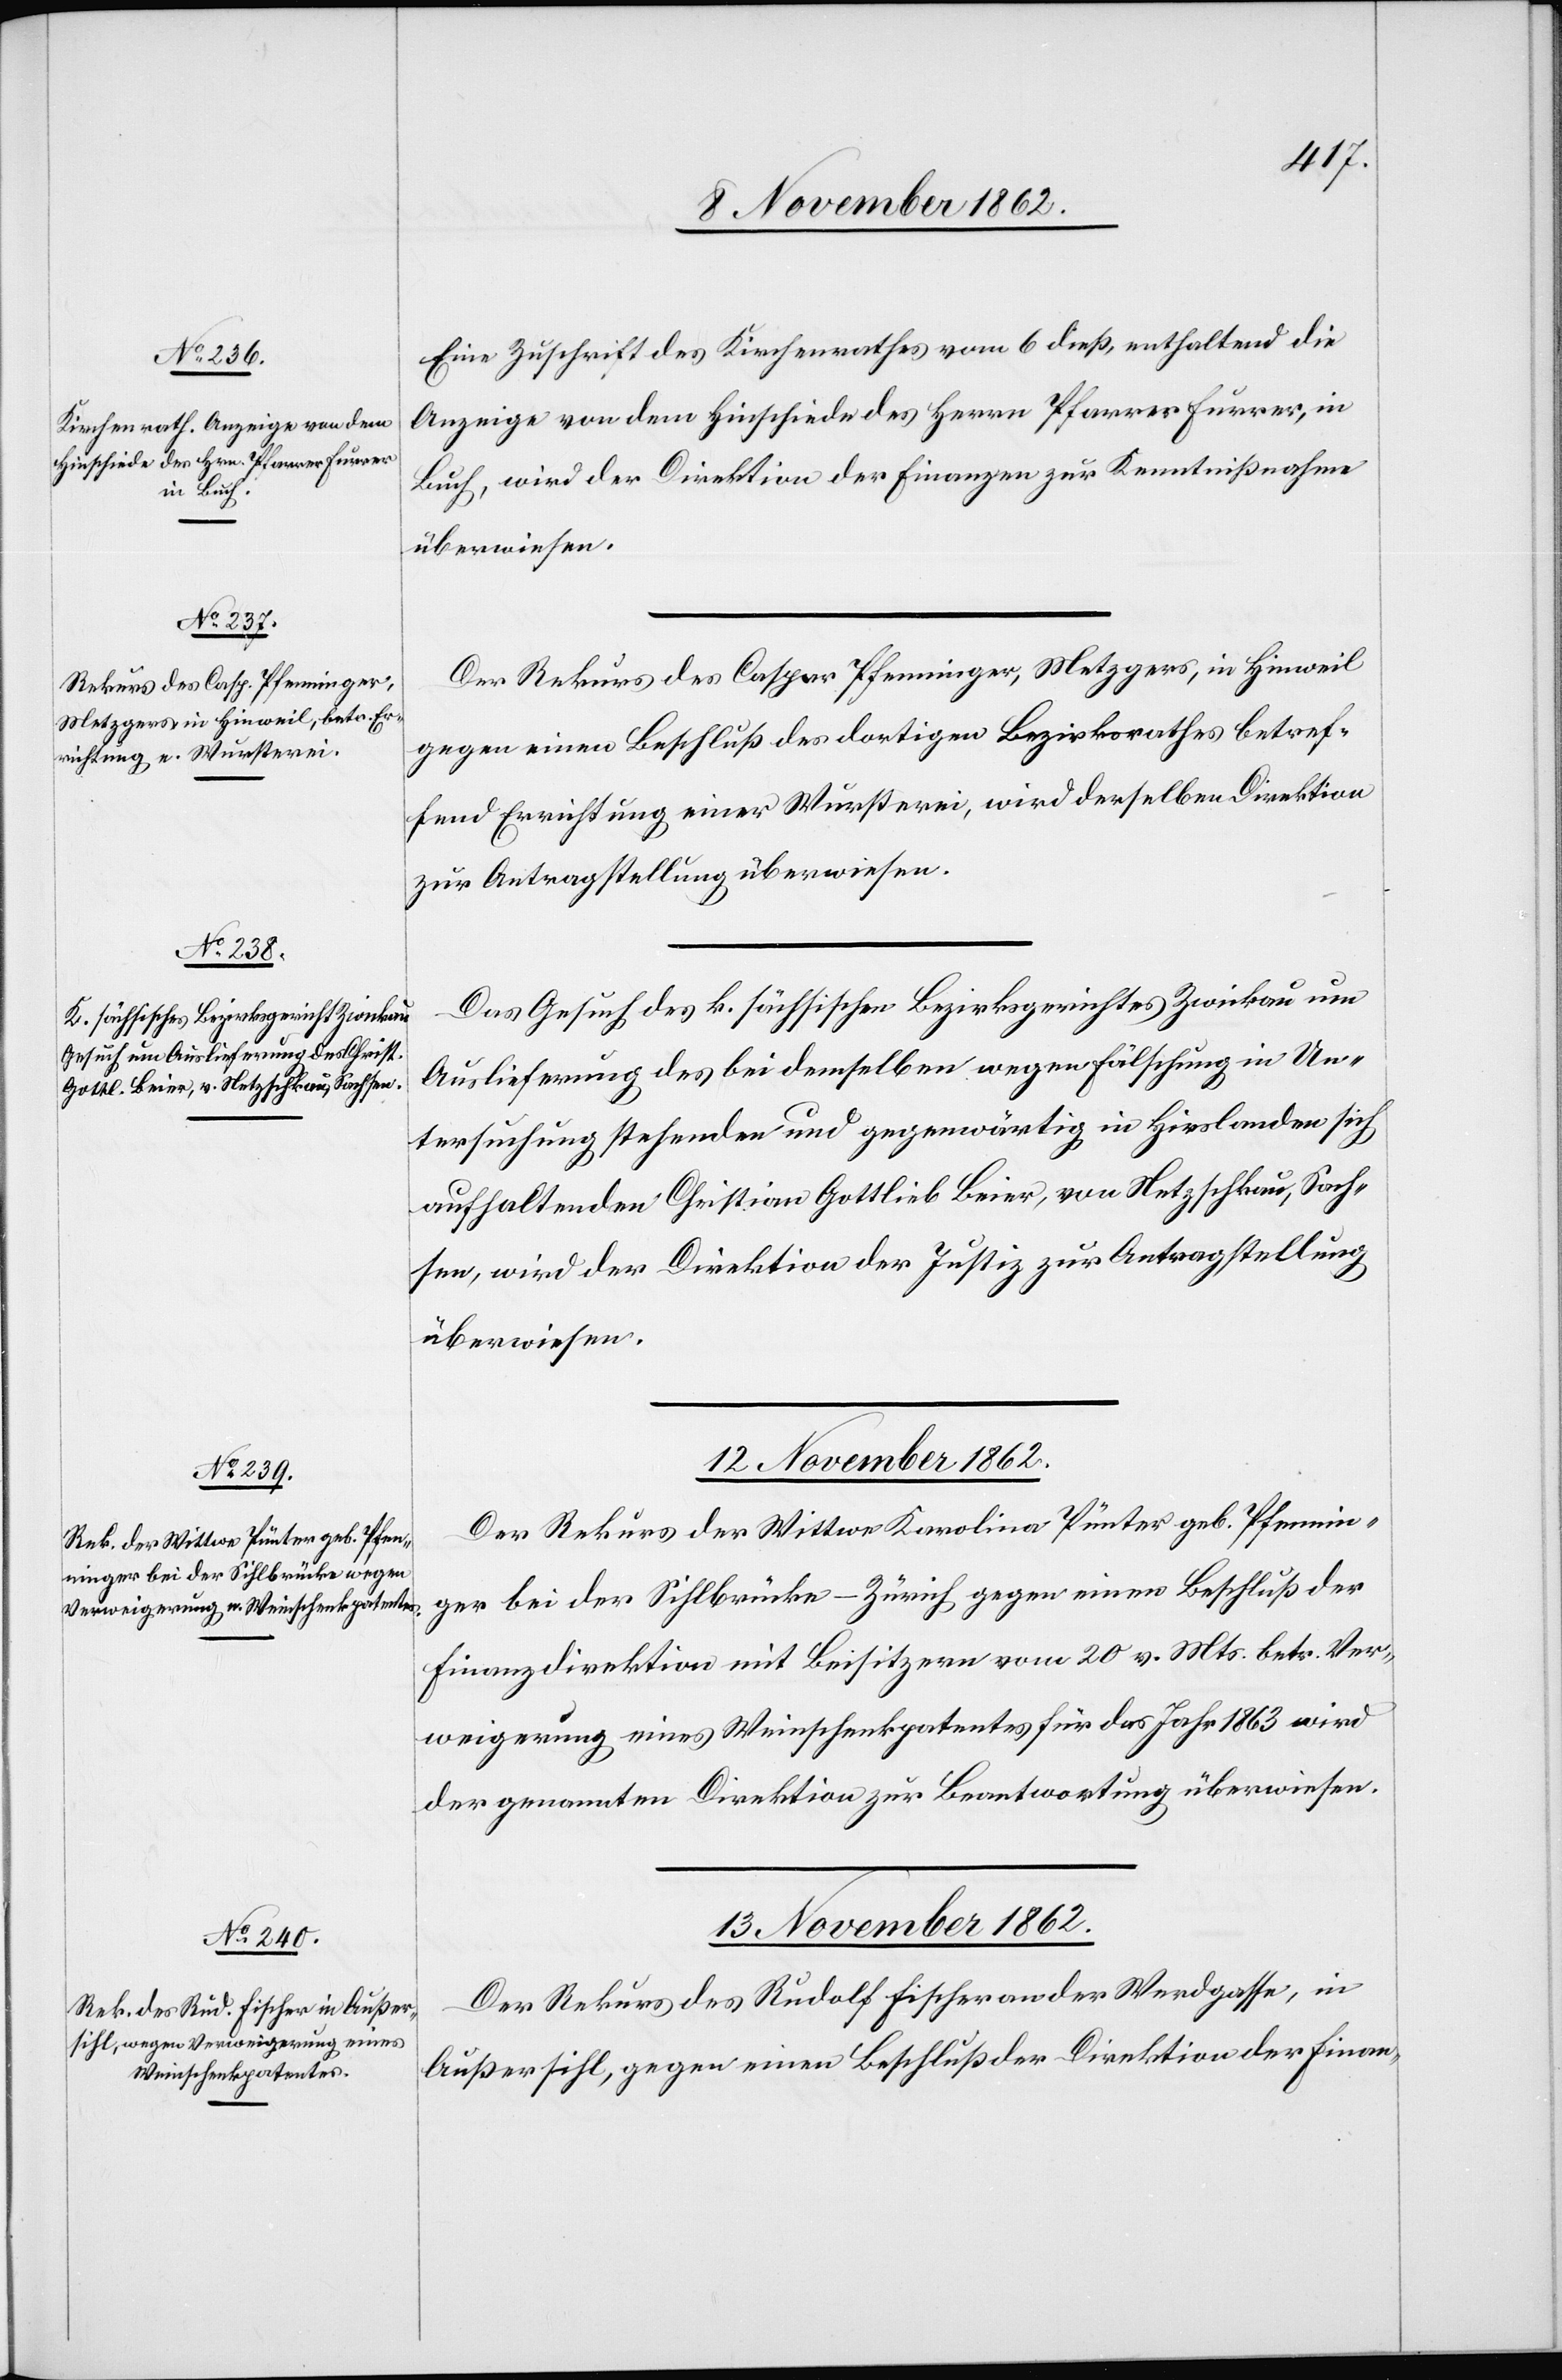
13. November 1862.
Eine Zuschrift des Kirchenrathes vom 6. dieß enthaltend die
Anzeige von dem Hinschiede des Herrn Pfarrer Furrer, in
Buch, wird der Direktion der Finanzen zur Kenntnißnahme
überwiesen.
Der Rekurs des Caspar Pfenninger, Metzgers, in Hinweil
gegen einen Beschluß des dortigen Bezirksrathes betref¬
fend Errichtung einer Wursterei, wird derselben Direktion
zur Antragstellung überwiesen.
Das Gesuch des k. sächsischen Bezirksgerichtes Zwickau um
Auslieferung des bei demselben wegen Fälschung in Un¬
tersuchung stehenden und gegenwärtig in Hirslanden sich
aufhaltenden Christian Gottlieb Beier, von Netzschkau, Sach¬
sen, wird der Direktion der Justiz zur Antragstellung
überwiesen.
Der Rekurs der Wittwe Karolina Pünter geb. Pfennin¬
ger bei der Sihlbrücke-Zürich, gegen einen Beschluß der
Finanzdirektion mit Beisitzern vom 20. v. Mrs. betr. Ver¬
weigerung eines Weinschenkpatentes für das Jahr 1863 wird
der genannten Direktion zur Beantwortung überwiesen.
Der Rekurs des Rudolf Fischer an der Werdgasse, in
Außersihl, gegen einen Beschluß der Direktion der Finan-